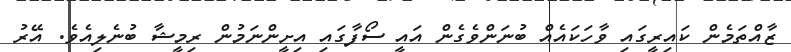
ޒާއްތަމެން ކައިރީގައި ވާހަކައެއް ބުނަންވެގެން އައީ ސޯފާގައި އިށީންނަމުން ރިމީޝާ ބުނެލިއެވެ. އޭރު